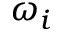
\omega _ { i }